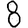
Digit: 8